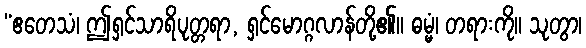
“ဧတေသံ၊ ဤရှင်သာရိပုတ္တရာ, ရှင်မောဂ္ဂလာန်တို့၏။ ဓမ္မံ၊ တရားကို။ သုတွာ၊